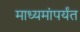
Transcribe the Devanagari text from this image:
माध्यमांपर्यंत